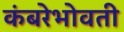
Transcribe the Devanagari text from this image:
कंबरेभोवती